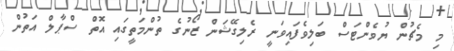
މި މެޗުން ޔުވެންޓަސް ބަލިވެފައިވަނީ ރެލިގޭޝަން ޒޯނުގެ ތުންމަތީގައި އޮތް ސްޕާލް އަތުން